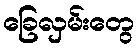
ခြေလှမ်းတွေ